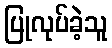
ပြုလုပ်ခဲ့သူ